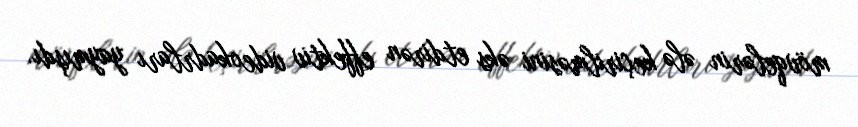
mövqelərin ələ keçirilməsini əks etdirən effektiv videokadrları yaymışdı.